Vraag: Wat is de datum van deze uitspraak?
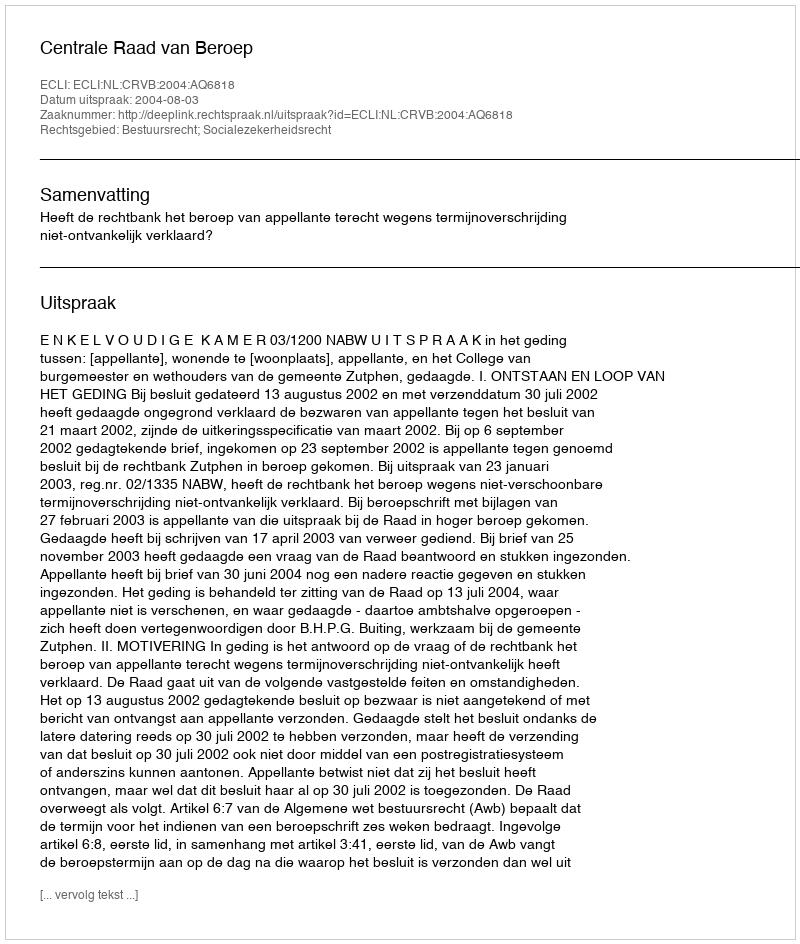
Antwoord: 2004-08-03